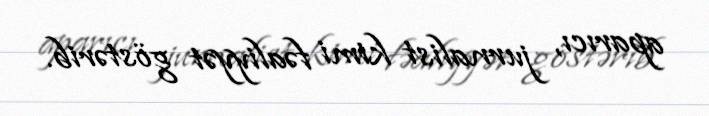
aparıcı, jurnalist kimi fəaliyyət göstərib.